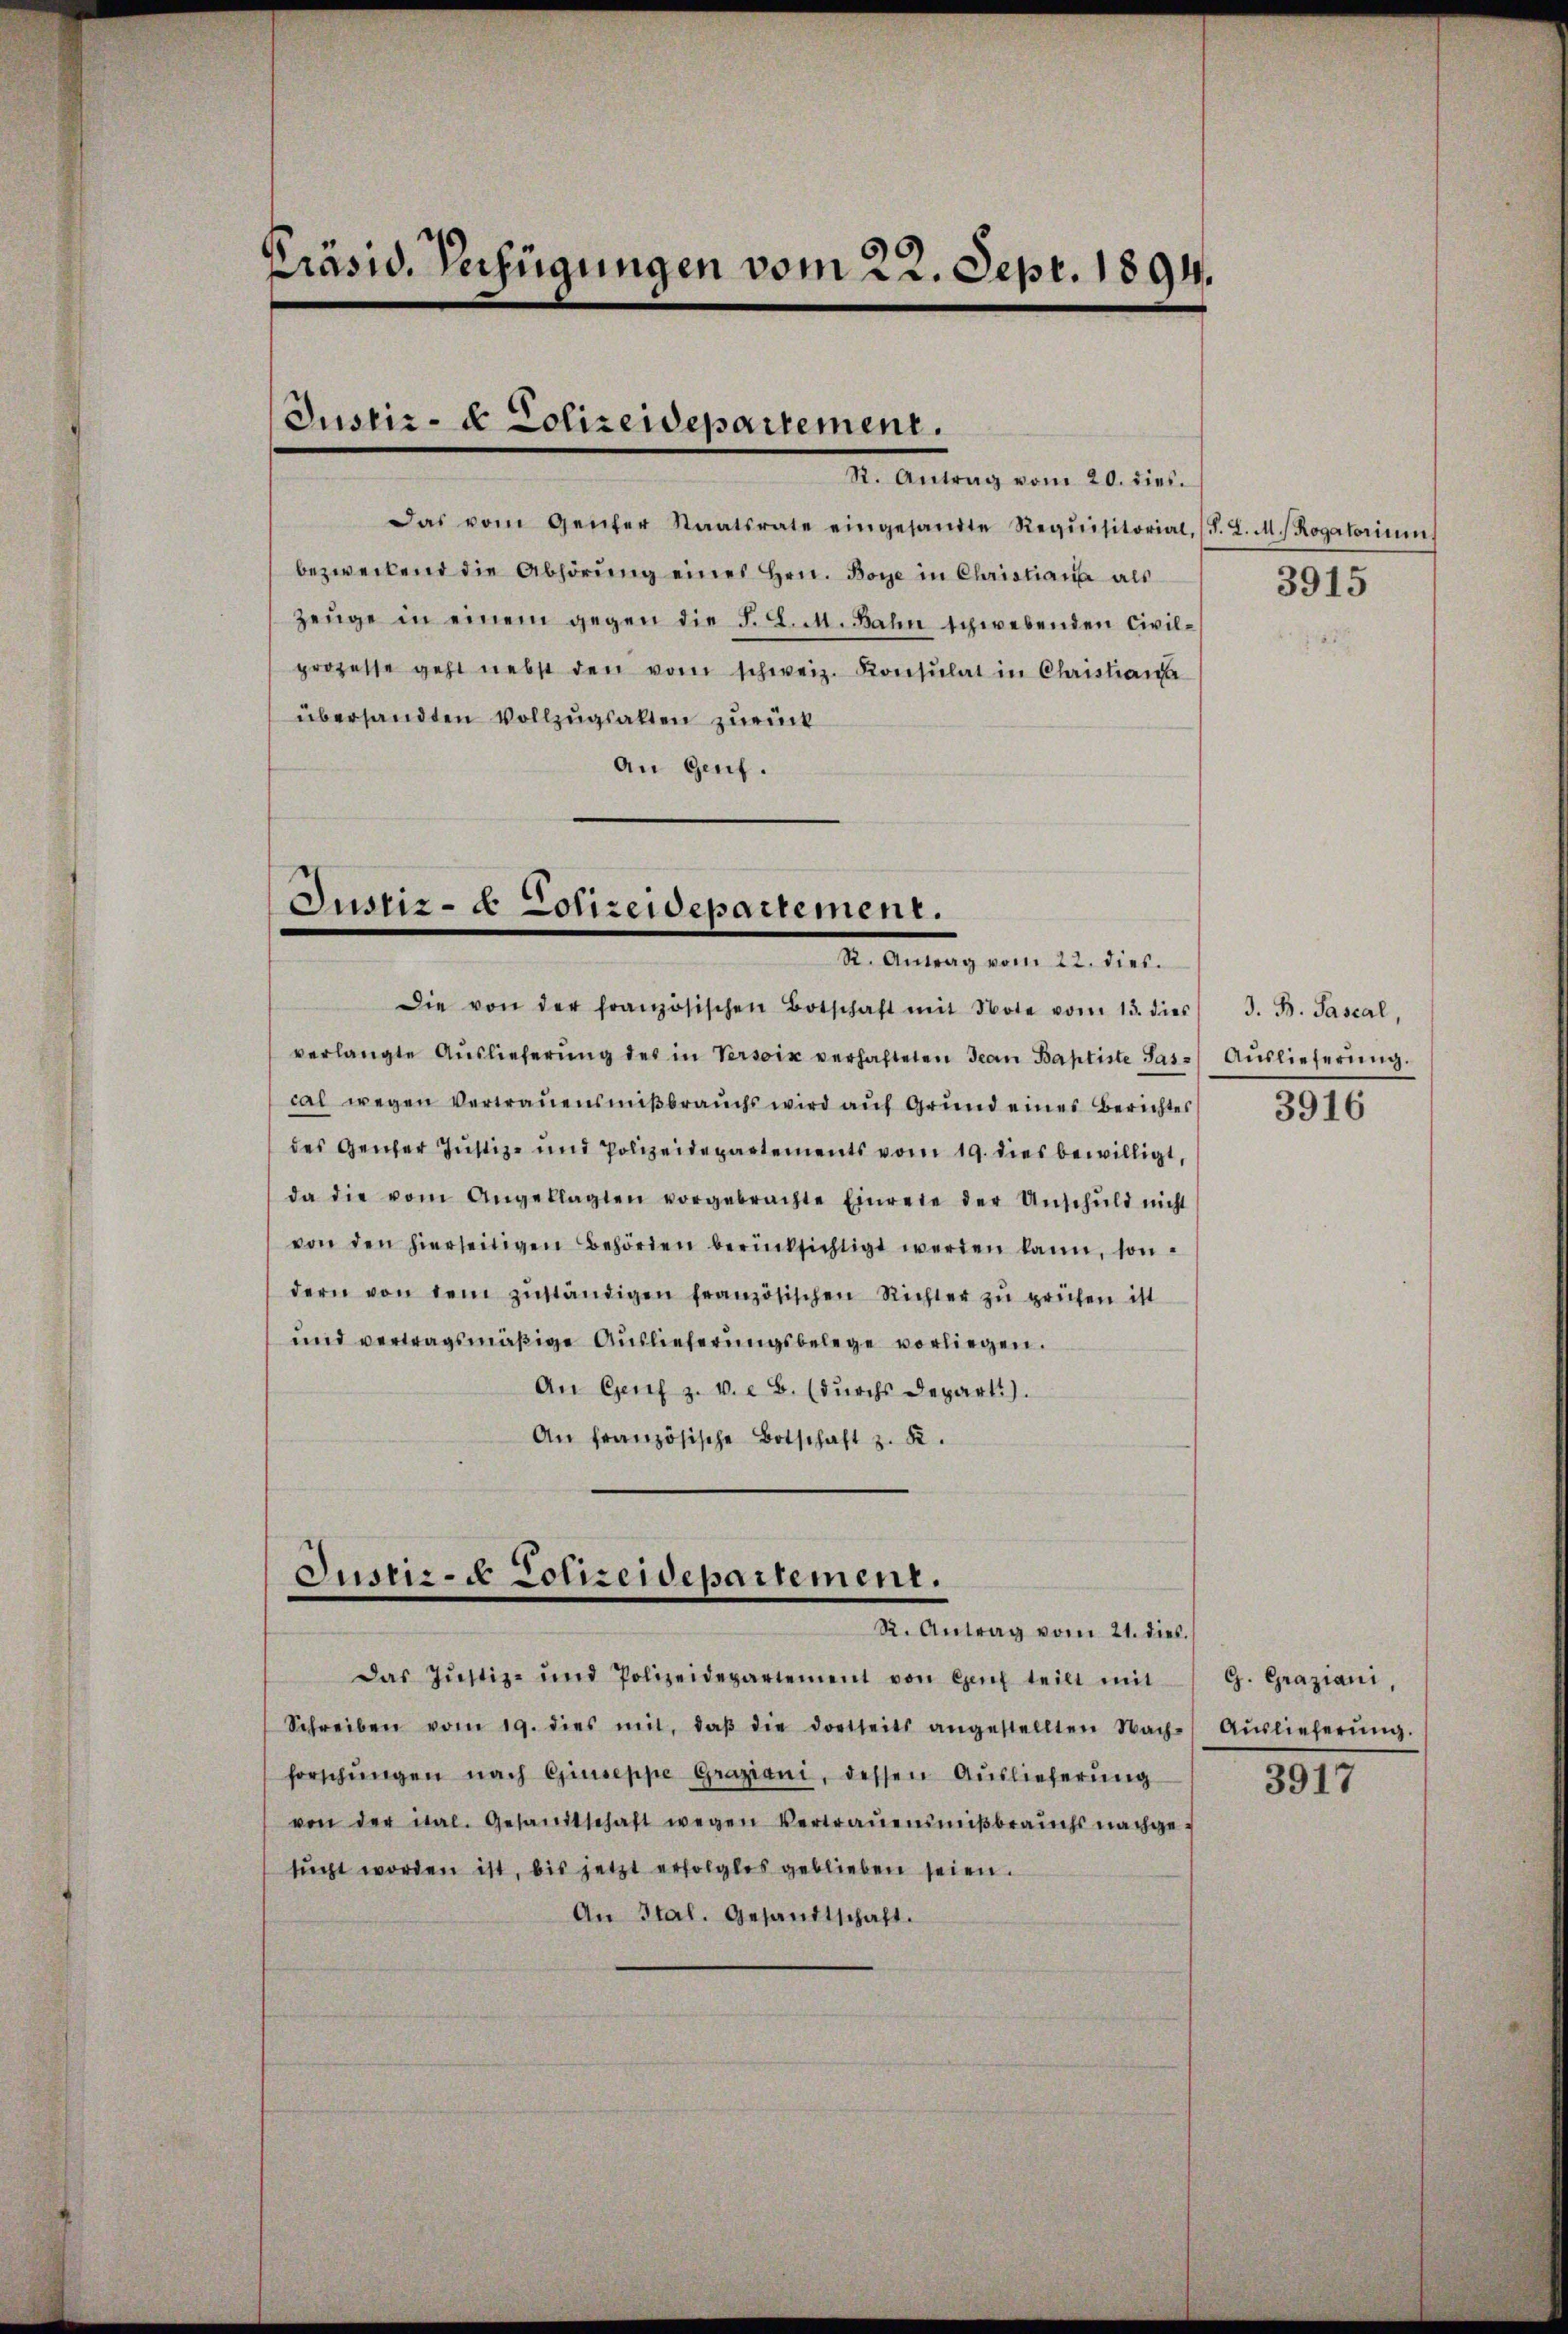
Präsid. Verfügungen vom 22. Sept. 1894.

Justiz- & Polizeidepartement.
R. Antrag vom 20. dies

Das vom Genfer Staatsrate eingesandte Requisitorial, (S. L. M. Rogatorium
bezweckend die Abhörŭng eines Hrn. Boye in Christiana als
Zeuge in einem gegen die F. L. M. Bahn schwebenden Civilprozesse geht nebst den vom schweiz. Konsulat in Christiana
übersandten Vollzugsalten zurück
An Genf.

Justiz- & Polizeidepartement.
e
R. Antrag vom 22. dies.

Die von der französischen Botschaft mit Note vom 13. dies
verlangte Auslieferung des in Versix verhafteten Jean Baptiste Pascal wegen Vertrauensmißbrauchs wird auf Grund eines Berichtes
des Gener Justiz- und Polizeidepartements vom 19. dies bewilligt,
da die vom Angeklagten vorgebrachte Einreie der Unschŭld nicht
von den hierseitigen Behörden berücksichtigt werden kann, son-
dern von dem zŭständigen französischen Richter zu prüfen ist
und vertragsmäßige Auslieferungsbelege vorliegen.
An Genf z. v. a. b. (dŭrchs Departi).
An französische Botschaft z. B.

Justiz- & Polizeidepartement.
R. Antrag vom 21. dies.

Das Jŭstiz- und Polizeidepartement von Genf teilt mit

Schreiben vom 19. dies mit, daβ die dortseits angestellten Nach-
forschŭngen nach Giuseppe Graziani, dessen Aŭslieferŭng
von der ital. Gesandtschaft wegen Vertrauensmißbrauchs nachgesŭcht worden ist, bis jetzt erfolglos geblieben seien.
An Ital. Gesandtschaft.

3915

J. B. Pascal,
Auslieferung.
3916

G. Graziani,
Auslieferung.
3917